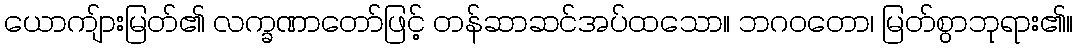
ယောကျ်ားမြတ်၏ လက္ခဏာတော်ဖြင့် တန်ဆာဆင်အပ်ထသော။ ဘဂဝတော၊ မြတ်စွာဘုရား၏။